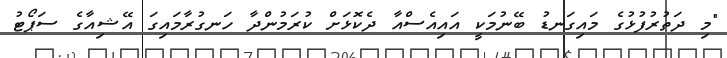
"މި ދަތުރުފުޅުގެ މައިގަނޑު ބޭނުމަކީ އައިއެސްއާ ދެކޮޅަށް ކުރަމުންދާ ހަނގުރާމައިގަ އޭޝިއާގެ ސަޕޯޓު